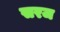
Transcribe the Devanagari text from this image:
सरज